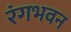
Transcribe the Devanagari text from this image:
रंगभवन